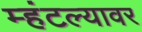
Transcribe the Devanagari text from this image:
म्हंटल्यावर